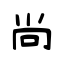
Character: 尚